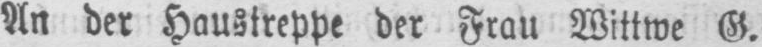
An der Haustreppe der Frau Wittwe G.